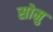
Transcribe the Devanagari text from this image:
सोमु